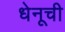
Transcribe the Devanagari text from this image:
धेनूची